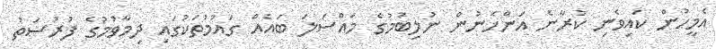
އެމީހުން ކައިވެނި ކުރާނެ އަންހެނުން ނުލިބުމުގެ މައްސަލަ ބައެއް ގައުމުތަކުގައި ދިމާވުމުގެ ފުރުސަތު